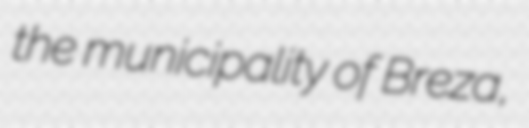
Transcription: the municipality of Breza,